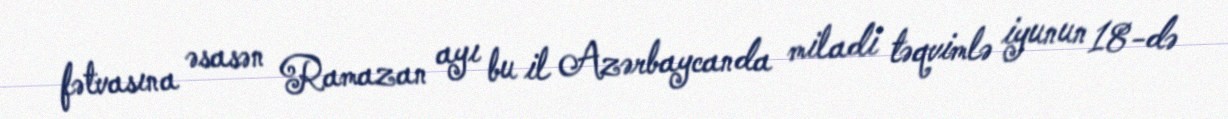
fətvasına əsasən Ramazan ayı bu il Azərbaycanda miladi təqvimlə iyunun 18-də